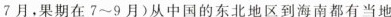
7月，果期在7~9月)从中国的东北地区到海南都有当地